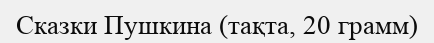
Сказки Пушкина (тақта, 20 грамм)